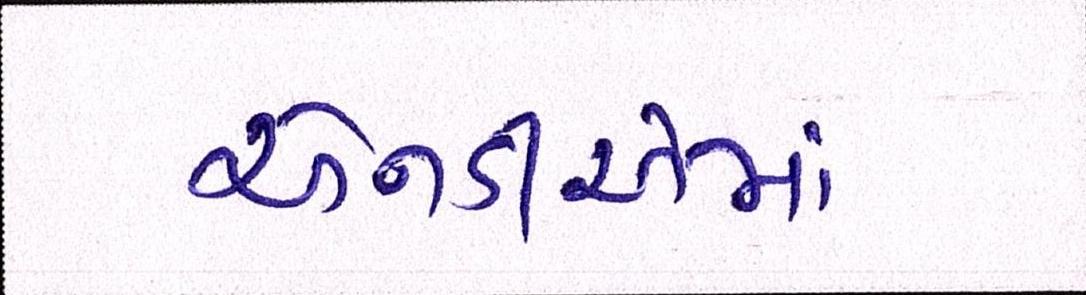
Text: એનડીએમાં